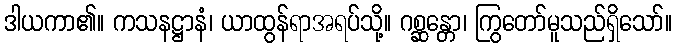
ဒါယကာ၏။ ကသနဋ္ဌာနံ၊ ယာထွန်ရာအရပ်သို့။ ဂစ္ဆန္တော၊ ကြွတော်မူသည်ရှိသော်။